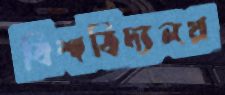
বিশ্ববিদ্যলয়